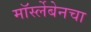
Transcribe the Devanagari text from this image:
मॉर्स्लेबेनचा